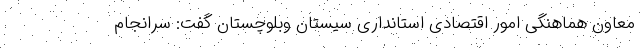
معاون هماهنگی امور اقتصادی استانداری سیستان وبلوچستان گفت: سرانجام